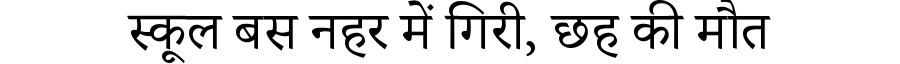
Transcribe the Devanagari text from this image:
स्कूल बस नहर में गिरी, छह की मौत